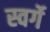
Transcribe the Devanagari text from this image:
स्वर्गे